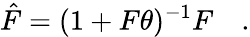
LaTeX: \hat{F}=(1+F\theta)^{-1}F\quad.